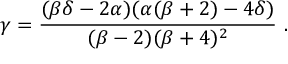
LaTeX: \gamma = \frac { ( \beta \delta - 2 \alpha ) ( \alpha ( \beta + 2 ) - 4 \delta ) } { ( \beta - 2 ) ( \beta + 4 ) ^ { 2 } } \ .